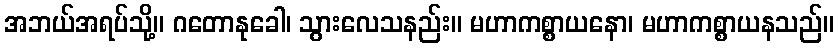
အဘယ်အရပ်သို့။ ဂတောနုခေါ၊ သွားလေသနည်း။ မဟာကစ္စာယနော၊ မဟာကစ္စာယနသည်။